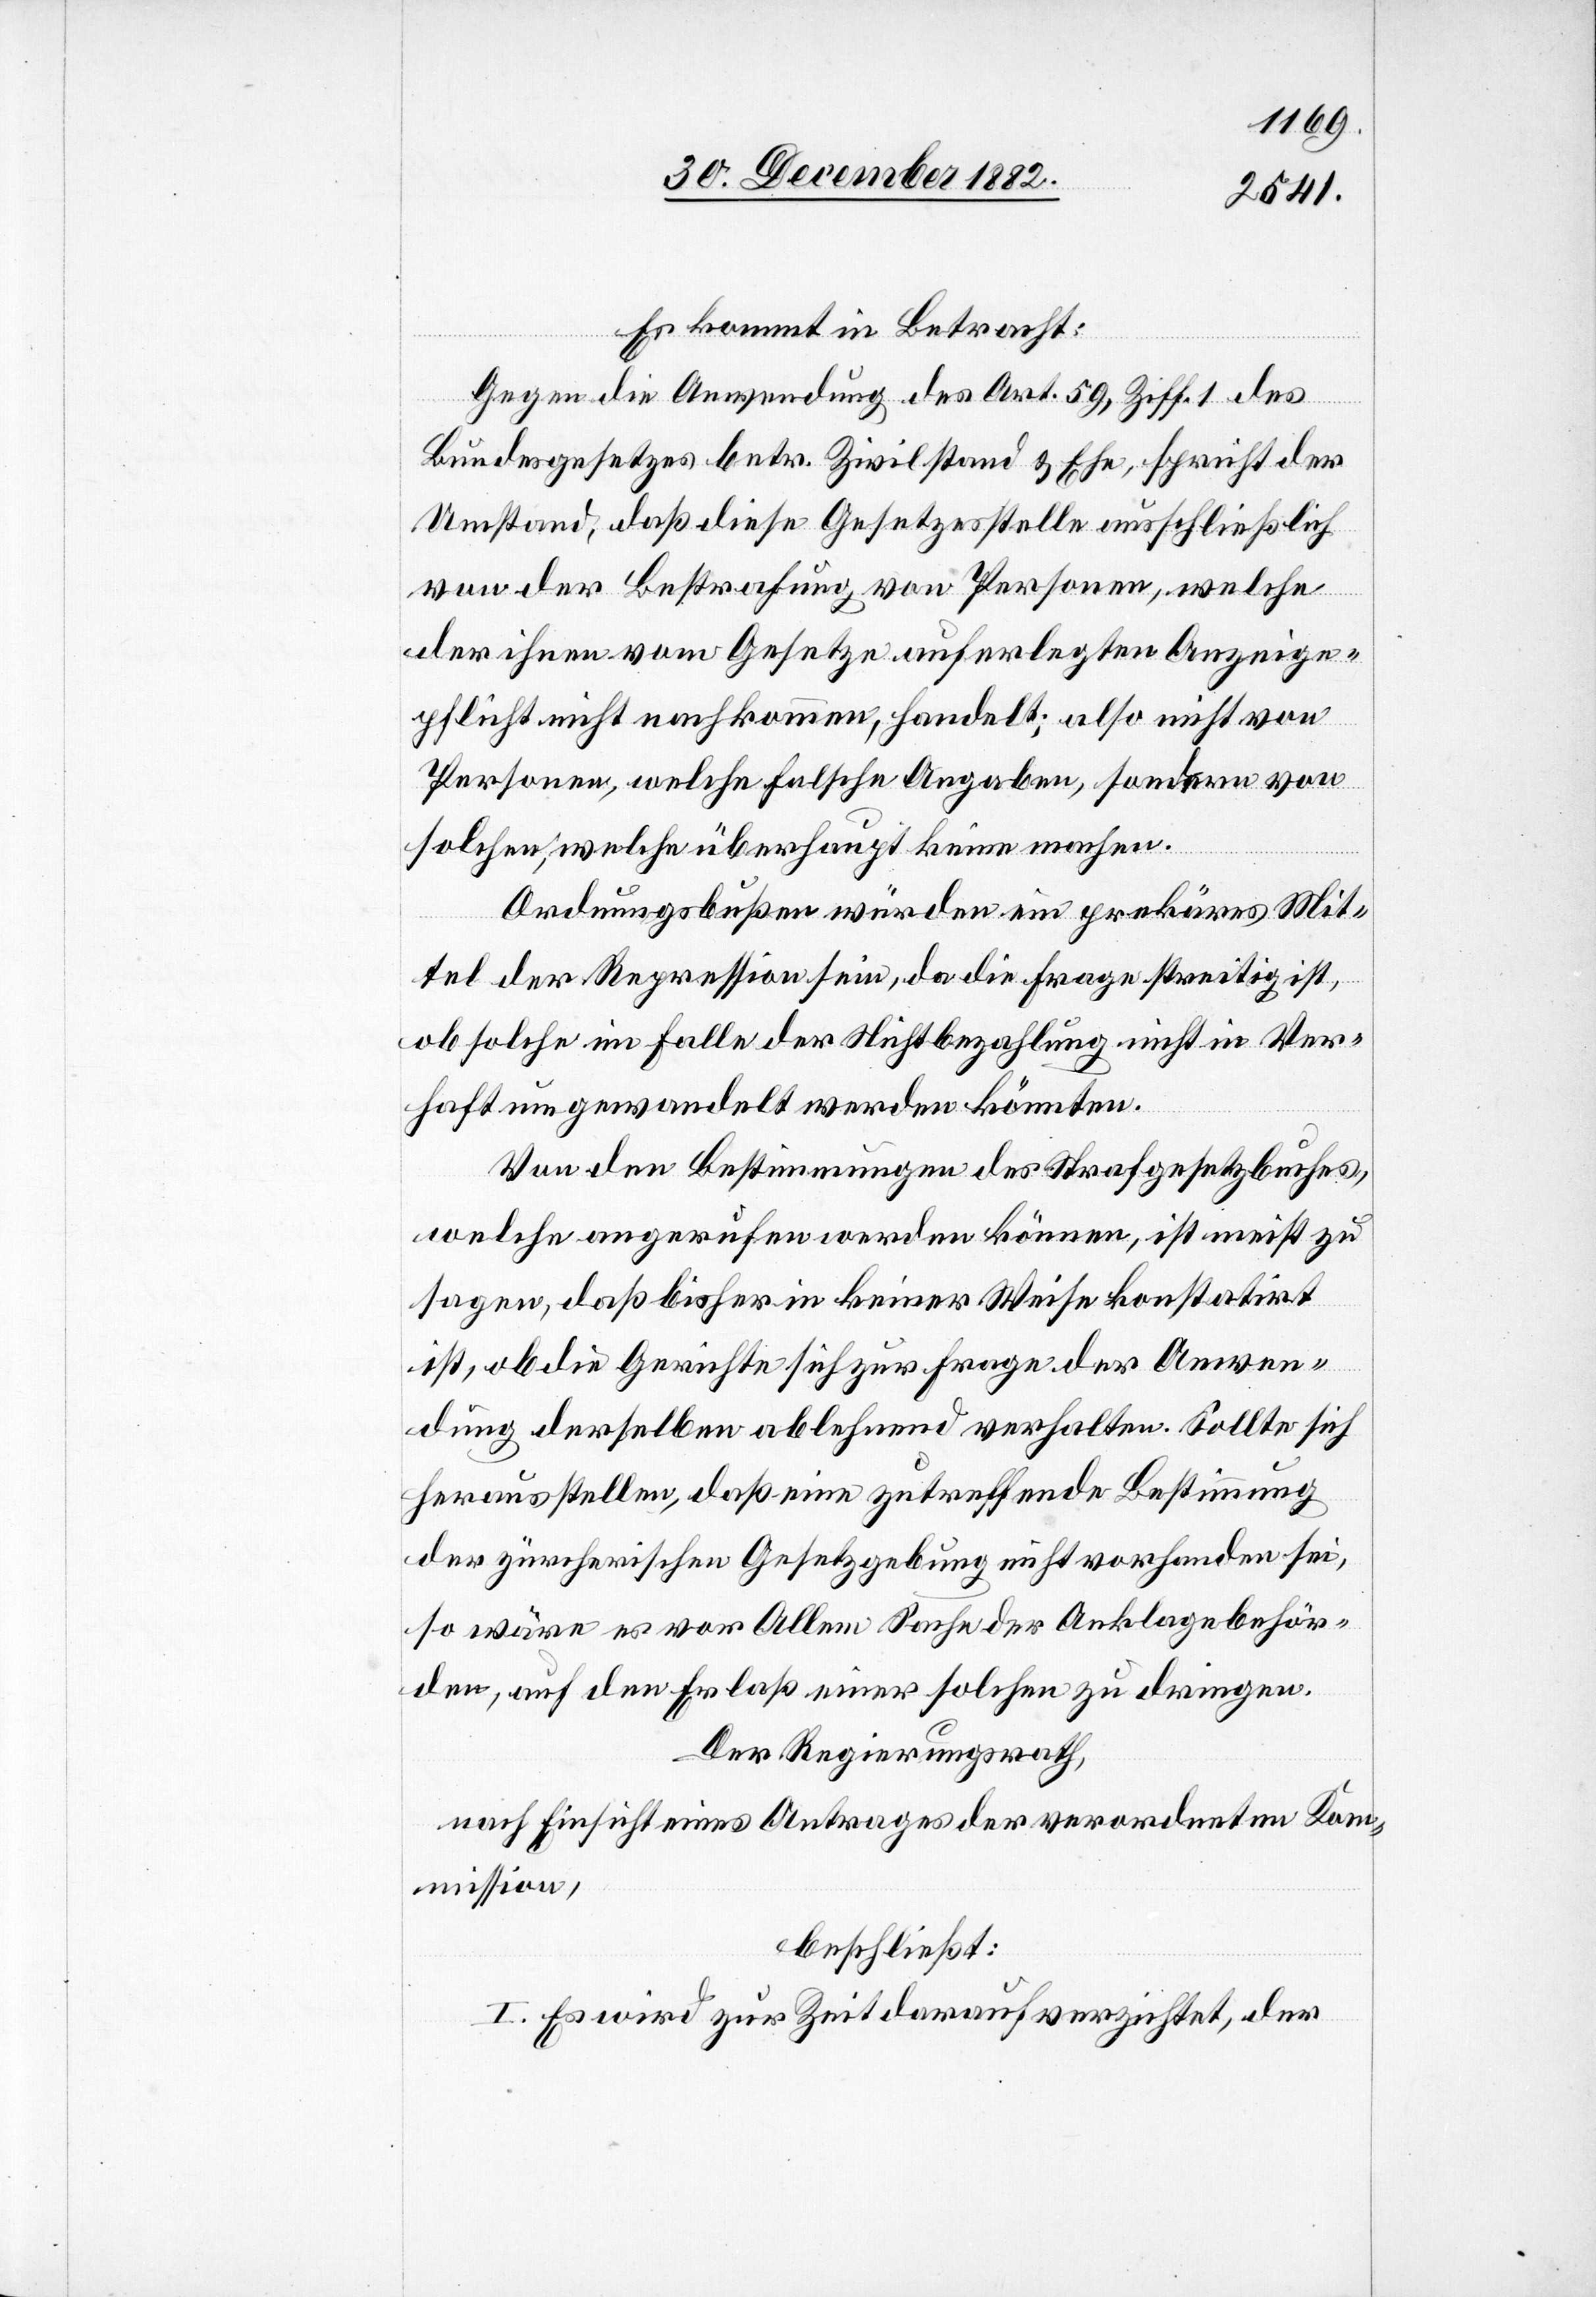
Es kommt in Betracht:
Gegen die Anwendung des Art. 59, Ziff. 1 des
Bundesgesetzes betr. Zivilstand & Ehe, spricht der
Umstand, daß diese Gesetzesstelle ausschließlich
von der Bestrafung von Personen, welche
der ihnen vom Gesetze auferlegten Anzeige¬
pflicht nicht nachkommen, handelt; also nicht von
Personen, welche falsche Angaben, sondern von
solchen, welche überhaupt keine machen.
Ordnungsbußen würden ein prekäres Mit¬
tel der Repression sein, da die Frage streitig ist,
ob solche im Falle der Nichtbezahlung nicht in Ver¬
haft umgewandelt werden könnten.
Von den Bestimmungen des Strafgesetzbuches,
welche angerufen werden können, ist meist zu
sagen, daß bisher in keiner Weise konstatirt
ist, ob die Gerichte sich zur Frage der Anwen¬
dung derselben ablehnend verhalten. Sollte sich
herausstellen, daß eine zutreffende Bestimmung
der zürcherischen Gesetzgebung nicht vorhanden sei,
so wäre es vor Allem Sache der Anklagebehör¬
den, auf den Erlaß einer solchen zu dringen.
Der Regierungsrath,
nach Einsicht eines Antrages der verordneten Kom¬
mission,
beschließt:
I. Es wird zur Zeit darauf verzichtet, der